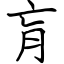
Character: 肓